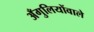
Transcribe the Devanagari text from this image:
अँगुलियोंवाले